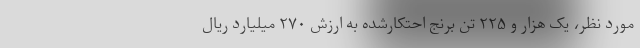
مورد نظر، یک هزار و ۲۲۵ تن برنج احتکارشده به ارزش ۲۷۰ میلیارد ریال